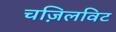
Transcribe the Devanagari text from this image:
चज़िलविट